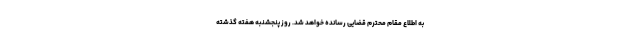
به اطلاع مقام محترم قضایی رسانده خواهد شد. روز پنجشنبه هفته گذشته